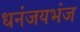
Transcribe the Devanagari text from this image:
धनंजयभंज